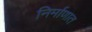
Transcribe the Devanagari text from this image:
निर्माणात